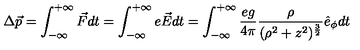
\Delta \vec { p } = \int _ { - \infty } ^ { + \infty } \vec { F } d t = \int _ { - \infty } ^ { + \infty } e \vec { E } d t = \int _ { - \infty } ^ { + \infty } \frac { e g } { 4 \pi } \frac { \rho } { ( \rho ^ { 2 } + z ^ { 2 } ) ^ { \frac { 3 } { 2 } } } \hat { e } _ { \phi } d t